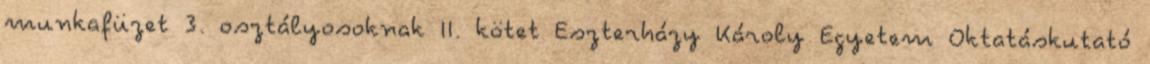
munkafüzet 3. osztályosoknak II. kötet Eszterházy Károly Egyetem Oktatáskutató